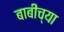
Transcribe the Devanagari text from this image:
बाबींच्‍या